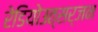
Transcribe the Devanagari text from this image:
रेडियोउत्सर्जन